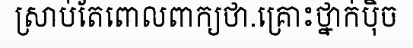
ស្រាប់តែពោលពាក្យថា.គ្រោះថ្នាក់ប៉ិច